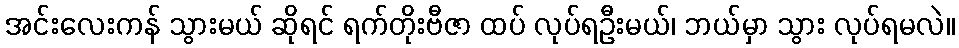
အင်းလေးကန် သွားမယ် ဆိုရင် ရက်တိုးဗီဇာ ထပ် လုပ်ရဦးမယ်၊ ဘယ်မှာ သွား လုပ်ရမလဲ။